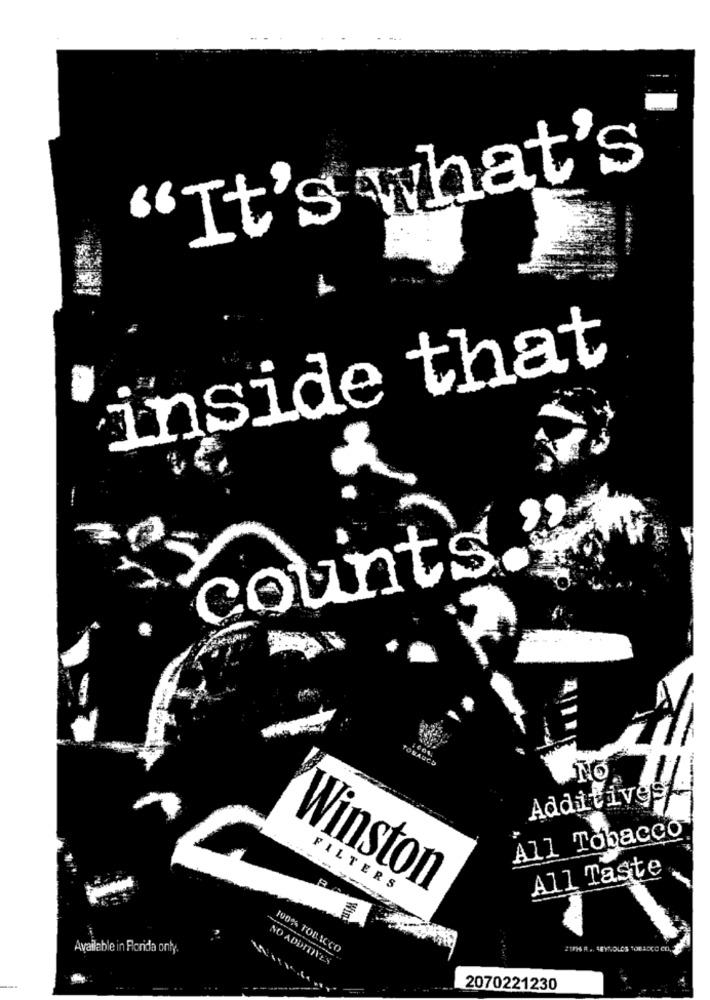
It's what's
inside that
counts
Additives
All Tobacco
All Taste
FILTERS
Winston
Available in Florida onty.
100% TOBACCO
NO ADDITNES
2070221230